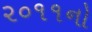
૨૦૧૧નો